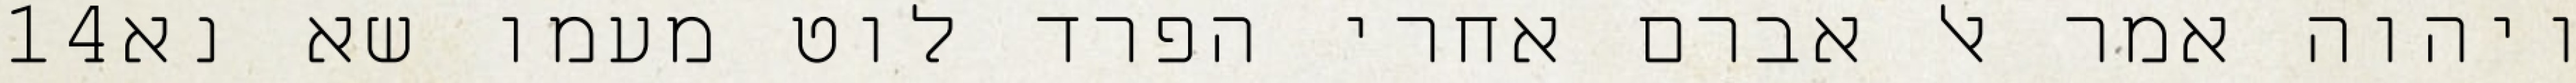
‎14‏ ויהוה אמר אל אברם אחרי הפרד לוט מעמו שא נא